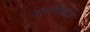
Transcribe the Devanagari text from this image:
मस्तानीकरिता